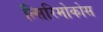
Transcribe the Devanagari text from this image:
त्सिरिमोकोस